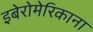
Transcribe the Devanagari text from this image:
इबेरोमेरिकाना